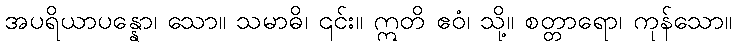
အပရိယာပန္နော၊ သော။ သမာဓိ၊ ၎င်း။ ဣတိ ဧဝံ၊ သို့။ စတ္တာရော၊ ကုန်သော။